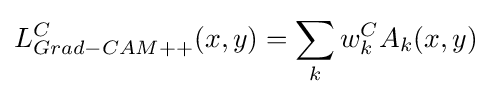
L_{Grad-CAM++}^{C}(x,y)=\sum _{k}w_{k}^{C}A_{k}(x,y)